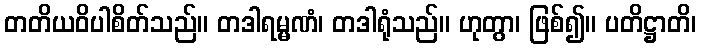
တတိယဝိပါစိတ်သည်။ တဒါရမ္မဏံ၊ တဒါရုံသည်။ ဟုတွာ၊ ဖြစ်၍။ ပတိဋ္ဌာတိ၊